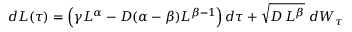
\begin{array} { r } { d L ( \tau ) = \left( \gamma L ^ { \alpha } - D ( \alpha - \beta ) L ^ { \beta - 1 } \right) d \tau + \sqrt { D \, L ^ { \beta } } \ d W _ { \tau } } \end{array}